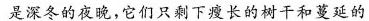
是深冬的夜晚，它们只剩下瘦长的树干和蔓延的